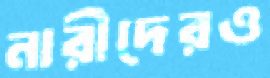
নারীদেরও